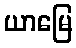
ယာမြေ